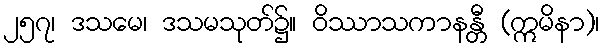
၂၅၇၊ ဒသမေ၊ ဒသမသုတ်၌။ ဝိဿာသကာနန္တီ (ဣမိနာ)၊